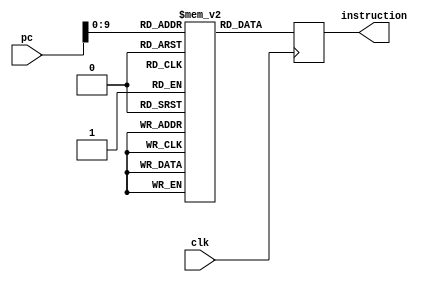
module InstructionMemory(instruction, pc, clk);
output reg [31:0] instruction;
input [31:0] pc;
input clk;
reg [31:0] iMem [1023:0];
initial begin
iMem[0] =30;
end

always@(posedge clk)
begin
instruction = iMem[pc]; 
end

endmodule